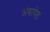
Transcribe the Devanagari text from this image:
अंबापेठ